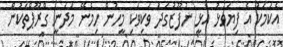
އެކަމަކު އެ ފިޔަވަޅު އެޅީ ނުފޫޒުގަދަ ވަކިވަކި މީހުން ހިމެނޭ މަދަނީ ގްރޫޕްތަކުން